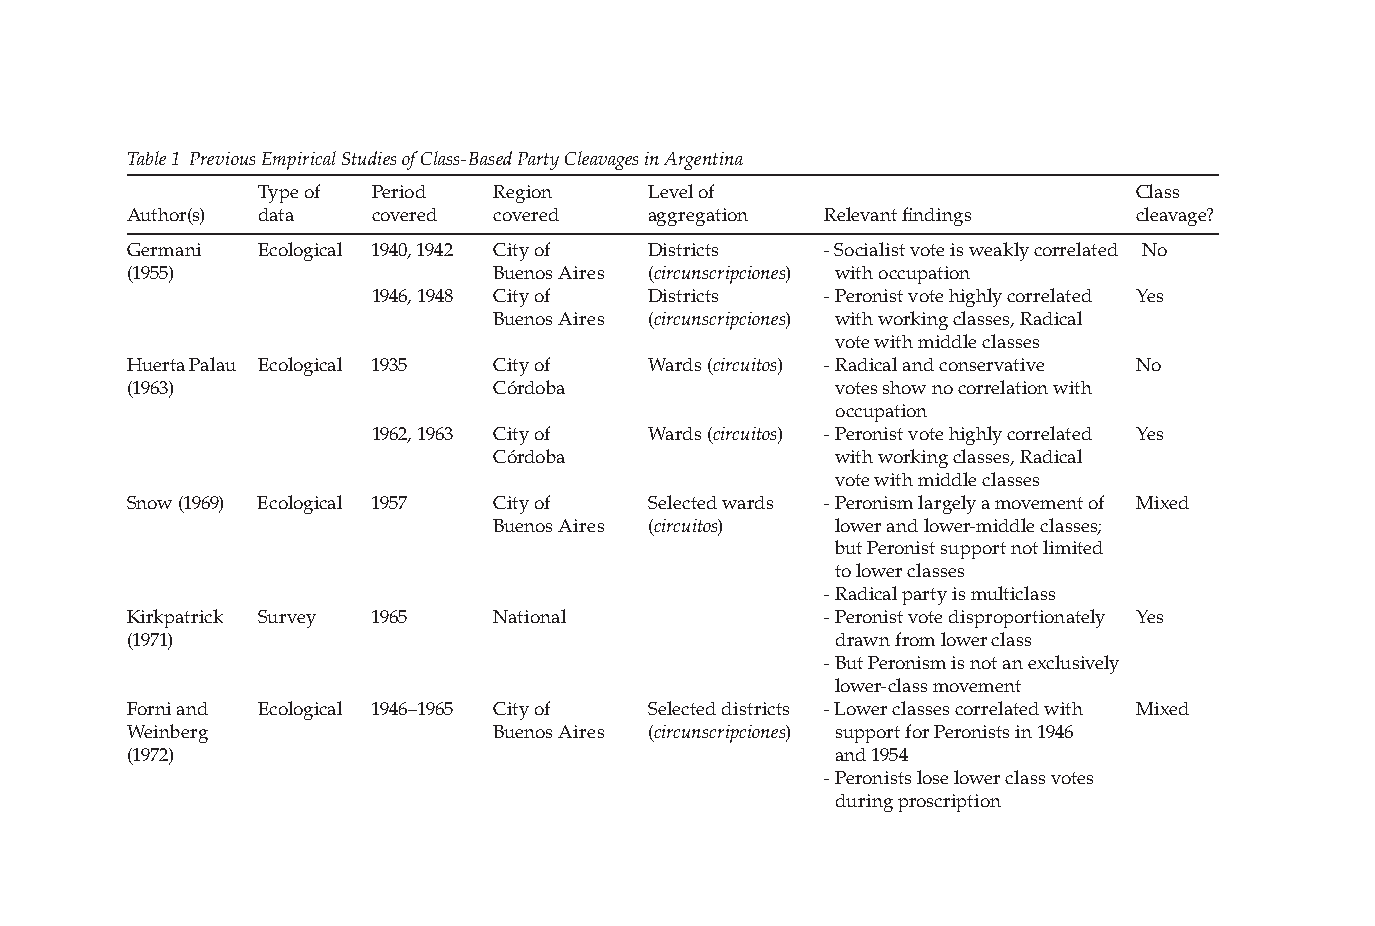
Table 1 Previous Empirical Studies of Class-Based Party Cleavages in Argentina
 Type of Period Region     Level of                        Class
 Author(s) data  covered covered    aggregation Relevant fi ndings  cleavage?
 Germani  Ecological 1940, 1942 City of Districts - Socialist vote is weakly correlated No
 (1955)                  Buenos Aires (circunscripciones) with occupation
 1946, 1948 City of Districts  - Peronist vote highly correlated Yes
 Buenos Aires (circunscripciones) with working classes, Radical
 vote with middle classes
 Huerta Palau Ecological 1935 City of Wards (circuitos) - Radical and conservative No
 (1963)                  Córdoba                votes show no correlation with
 occupation
 1962, 1963 City of Wards (circuitos) - Peronist vote highly correlated Yes
 Córdoba                with working classes, Radical
 vote with middle classes
 Snow (1969) Ecological 1957 City of Selected wards - Peronism largely a movement of Mixed
 Buenos Aires (circuitos) lower and lower-middle classes;
 but Peronist support not limited
 to lower classes
 - Radical party is multiclass
 Kirkpatrick Survey 1965 National              - Peronist vote disproportionately Yes
 (1971)                                         drawn from lower class
 - But Peronism is not an exclusively
 lower-class movement
 Forni and Ecological 1946–1965 City of Selected districts - Lower classes correlated with Mixed
 Weinberg                Buenos Aires (circunscripciones) support for Peronists in 1946
 (1972)                                         and 1954
 - Peronists lose lower class votes
 during proscription
 PP44993366..iinnddbb
 6622
 1122//99/
 /0 088
 6 6::442
 2:
 :2 244
 A AM
 M